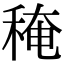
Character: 䅖